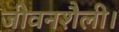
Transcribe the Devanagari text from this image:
जीवनशैली।